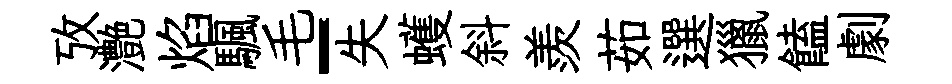
攷灔焰颿毛-失蠖斜羨茹選獵饁劇